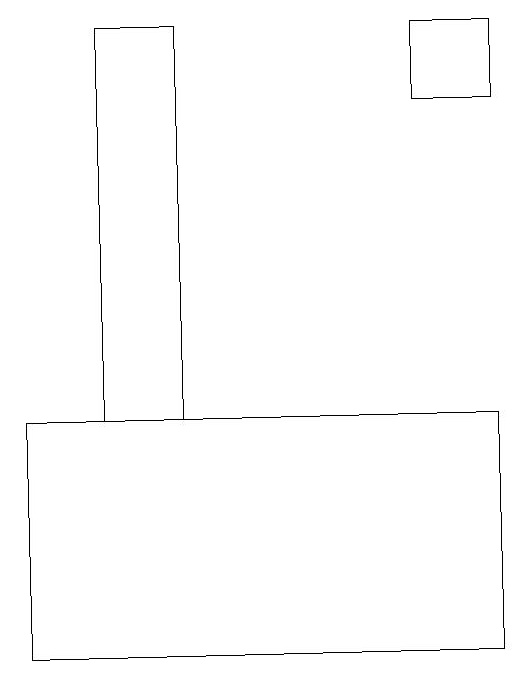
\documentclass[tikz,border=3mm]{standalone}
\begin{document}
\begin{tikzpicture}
\draw (5,19) rectangle (6,18);
\draw (6,14) rectangle (0,11);
\draw (2,19) rectangle (1,14);
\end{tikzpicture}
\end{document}